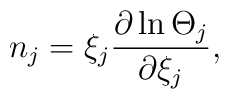
n_{j}=\xi_{j}\frac{\partial\ln\Theta_{j}}{\partial{{\xi}_{j}}},